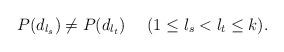
LaTeX: \begin{align*} P(d_{l_{s}})\not=P(d_{l_{t}})~~~~(1\leq l_{s}< l_{t}\leq k).\end{align*}